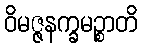
ဝိမဇ္ဇနက္ခမဉ္စာတိ